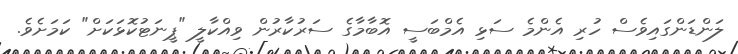
ލަންޑަންގައިވެސް ހުރި އެންމެ ސަޅި އެމްބަސީ އޮބާމާގެ ސަރުކާރުން ވިއްކާލީ "ޕީނަޓުކޮޅަކަށް" ކަމަށެވެ.